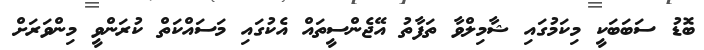
ބޮޑު ސަބަބަކީ މިކަމުގައި ޝާމިލްވާ ތަފާތު އޭޖެންސީތައް އެކުގައި މަސައްކަތް ކުރަންވީ މިންވަރަށް